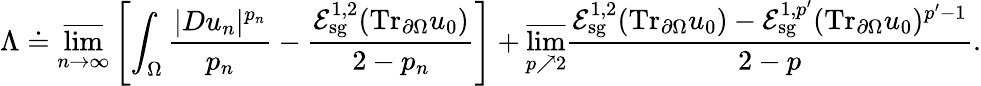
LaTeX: \Lambda\doteq\varlimsup_{n\to\infty}\left[\int_{\Omega}\frac{|Du_{n}|^{p_{n}}}{p_{n}}-\frac{\mathcal E_{\mathrm{sg}}^{1,2}(\mathrm{Tr}_{\partial\Omega}u_{0})}{2-p_{n}}\right]+\varlimsup_{p\nearrow 2}\frac{\mathcal E_{\mathrm{sg}}^{1,2}(\mathrm{Tr}_{\partial\Omega}u_{0})-\mathcal E_{\mathrm{sg}}^{1,p^{\prime}}(\mathrm{Tr}_{\partial\Omega}u_{0})^{p^{\prime}-1}}{2-p}.